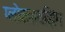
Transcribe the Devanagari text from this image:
ग्लोबलायझिंग